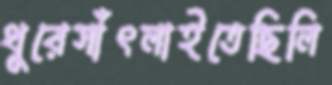
ধুরেসাঁৎলাইতেছিলি